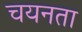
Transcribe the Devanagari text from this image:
चयनता